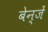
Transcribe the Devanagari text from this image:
बेन्जें